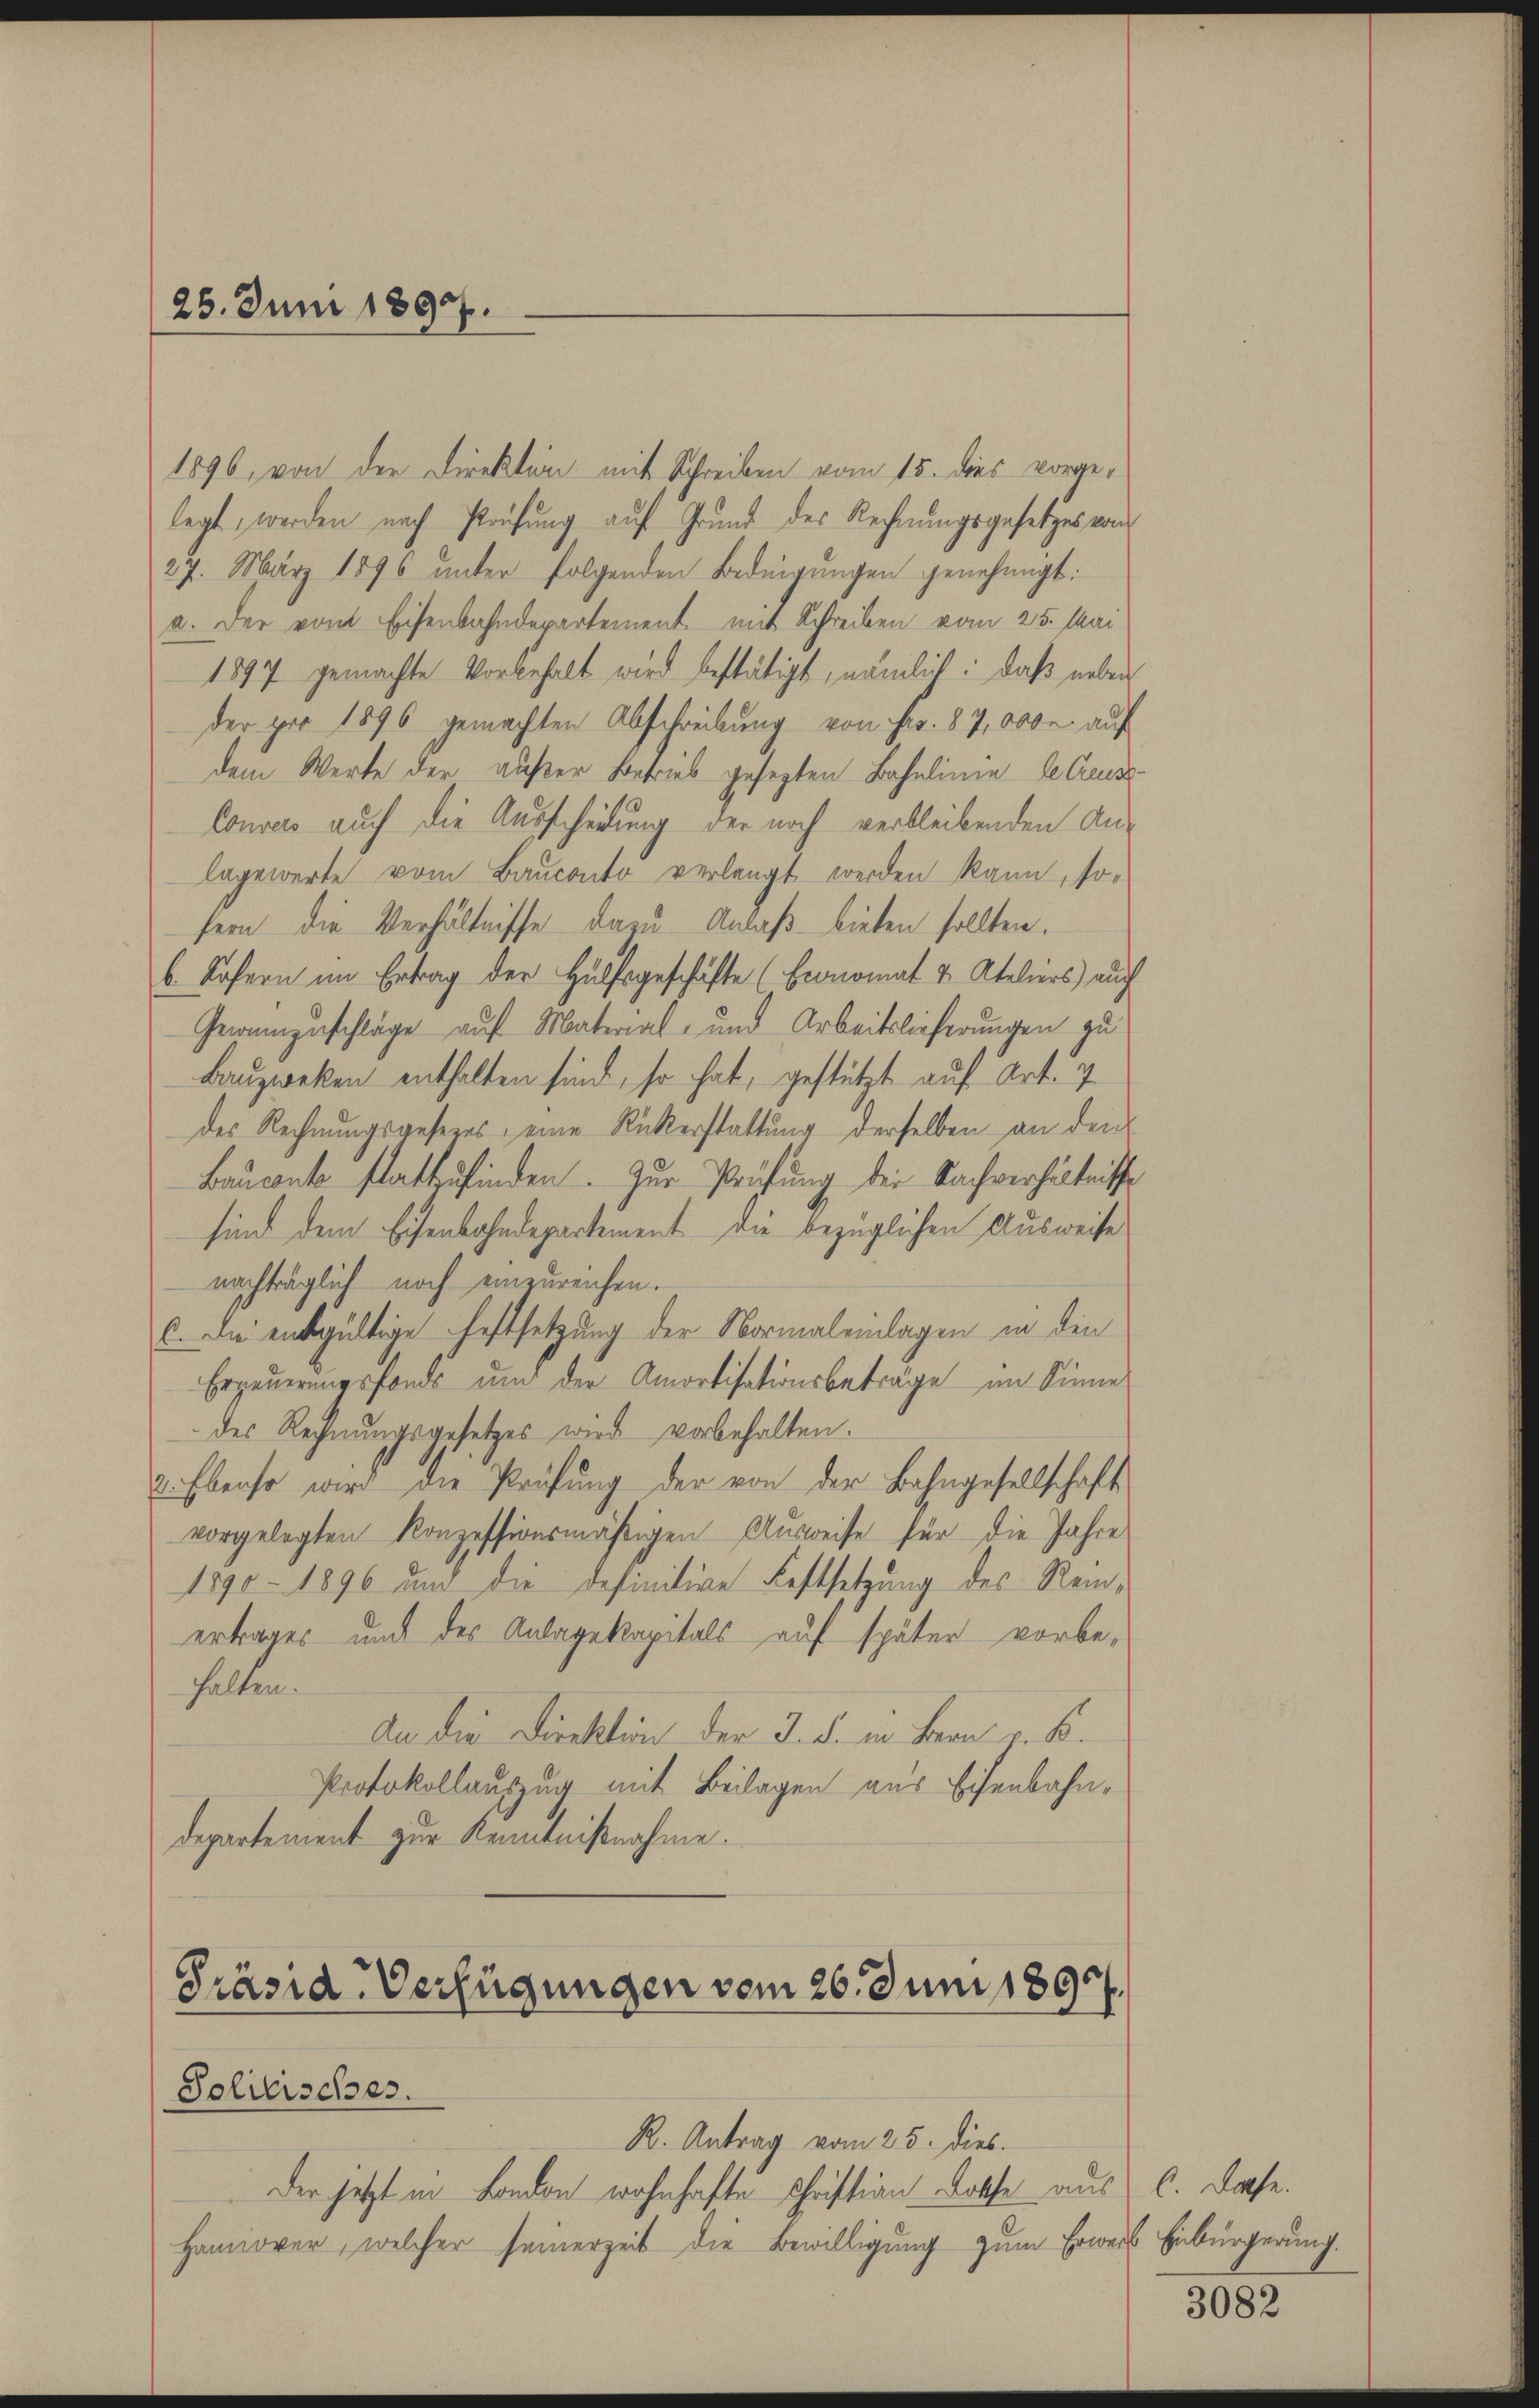
25. Juni 1897.

1896, von der Direktion mit Schreiben vom 15. dies vorgelegt werden nach Prüfung auf Grund des Rechnungsgesetzes von
27. März 1896 unter folgenden Bedingungen genehmigt:
a. Der vom Eisenbahndepartement mit Schreiben vom 25. Mai
1894 gemachte Vorbehalt wird bestätigt, nämlich: daß neben
der pro 1896 gemachten Abschreibung von Fr. 87, 000 r. auf
dem Werte der außer Betrieb gesezten Bahnlinie le Creuss
Convers auch die Ausscheidung der noch verbleibenden Aus
lagewerte vom Bauconto verlangt werden kann, so-
fern die Verhältnisse dazu Anlaß bieten sollten.
b. Sofern im Ertrag der Hülfsgeschäfte (Economat & Ateliers auf
Gewumzuschläge auf Material- und Arbeitslieferungen zu
Bauzweken enthalten sind, so hat, gestützt auf Art. 7
des Rechnungsgesezes eine Rückerstattung derselben an den
Bauconte stattzufinden. Zur Prüfung der Sachverhältnisse
sind dem Eisenbahndepartement die bezüglichen Ausweise
nachträglich noch einzureichen.
c. die entgültige Festsetzung der Normaleinlagen in den
Erneuerungsfonds und der Amortisationsbeträge im Sinne
des Rechnungsgesetzes wird vorbehalten.
2. Ebenso wird die Prüfung der von der Bahngesellschaft
vorgelegten Konzessionsmäßigen Ausweise für die Jahre
1890 - 1896 und die definitive Festsetzung des Reinertrages und des Anlagekapitals auf später vorbe-
halten.
An die Direktion der 3. d. in Bern v. B.
Protokollauszug mit Beilagen aus Eisenbahndepartement zur Kenntnißnahme.

Präsid-Verfügungen vom 26. Juni 1890.
Solieisches.

R. Antrag vom 25. dies.
Der jetzt in London wohnhafte Christian Rothe aus C. Dase.
Hamiover, welcher seinerzeit die Bewilligung zum Erweis Einbürgerung.

3082